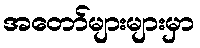
အတော်များများမှာ